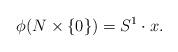
LaTeX: \begin{align*}\phi(N\times \{0\})=S^{1}\cdot x.\end{align*}